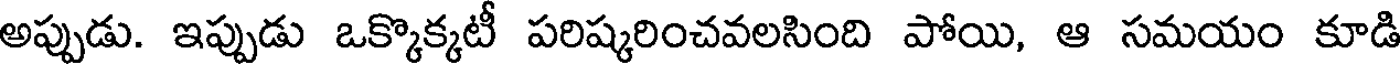
అప్పుడు. ఇప్పుడు ఒక్కొక్కటీ పరిష్కరించవలసింది పోయి, ఆ సమయం కూడి